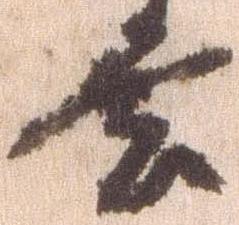
雲